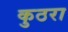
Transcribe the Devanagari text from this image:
कुठरा